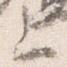
上